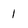
Character: 1